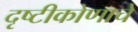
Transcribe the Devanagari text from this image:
दृष्टीकोणाचे